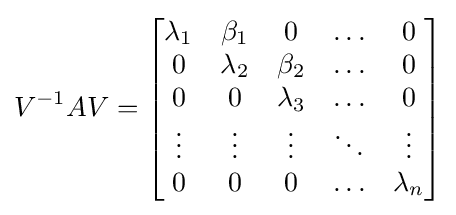
V^{-1}AV={\begin{bmatrix}\lambda _{1}&\beta _{1}&0&\ldots &0\\0&\lambda _{2}&\beta _{2}&\ldots &0\\0&0&\lambda _{3}&\ldots &0\\\vdots &\vdots &\vdots &\ddots &\vdots \\0&0&0&\ldots &\lambda _{n}\end{bmatrix}}